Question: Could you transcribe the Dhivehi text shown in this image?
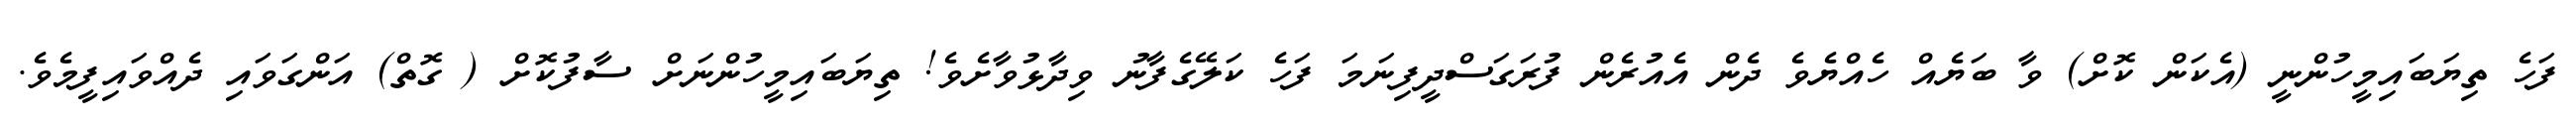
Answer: ފަހެ ތިޔަބައިމީހުންނީ (އެކަން ކޮށް) ވާ ބަޔެއް ހެއްޔެވެ ދެން އެއުރެން ފުރަގަސްދީފިނަމަ ފަހެ ކަލޭގެފާނު ވިދާޅުވާށެވެ! ތިޔަބައިމީހުންނަށް ސާފުކޮށް ( ގޮތް) އަންގަވައި ދެއްވައިފީމެވެ.